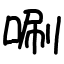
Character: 唰